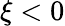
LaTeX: \xi<0